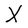
Character: X